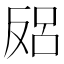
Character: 𱑻